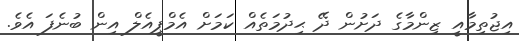
އިޖުތިމާއީ ޒިންމާގެ ދަށުން ދޭ ޙިދުމަތެއް ކަމަށް އެމްޕީއެލް އިން ބުނެފަ އެވެ.